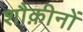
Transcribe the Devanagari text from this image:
शौक़ीनों